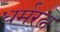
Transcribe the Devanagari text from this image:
धर्मरत्न